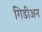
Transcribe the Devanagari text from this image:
गिडीअन